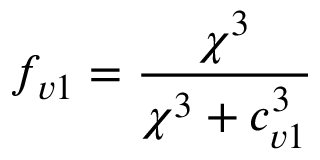
f _ { v 1 } = \frac { \chi ^ { 3 } } { \chi ^ { 3 } + c _ { v 1 } ^ { 3 } }